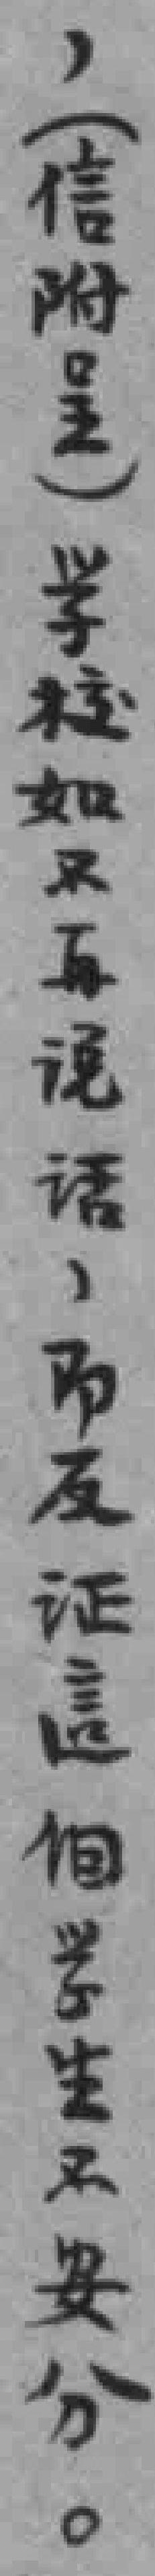
，(信附呈）学校如不再说话，即反证這個学生不安分。